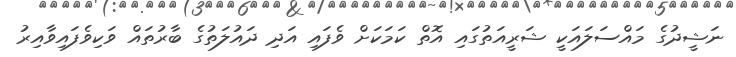
ނަޝީދުގެ މައްސަލައަކީ ޝަރީއަތުގައި އޮތް ކަމަކަށް ވެފައި އަދި ދައުލަތުގެ ބާރުތައް ވަކިވެފައިވާއިރު